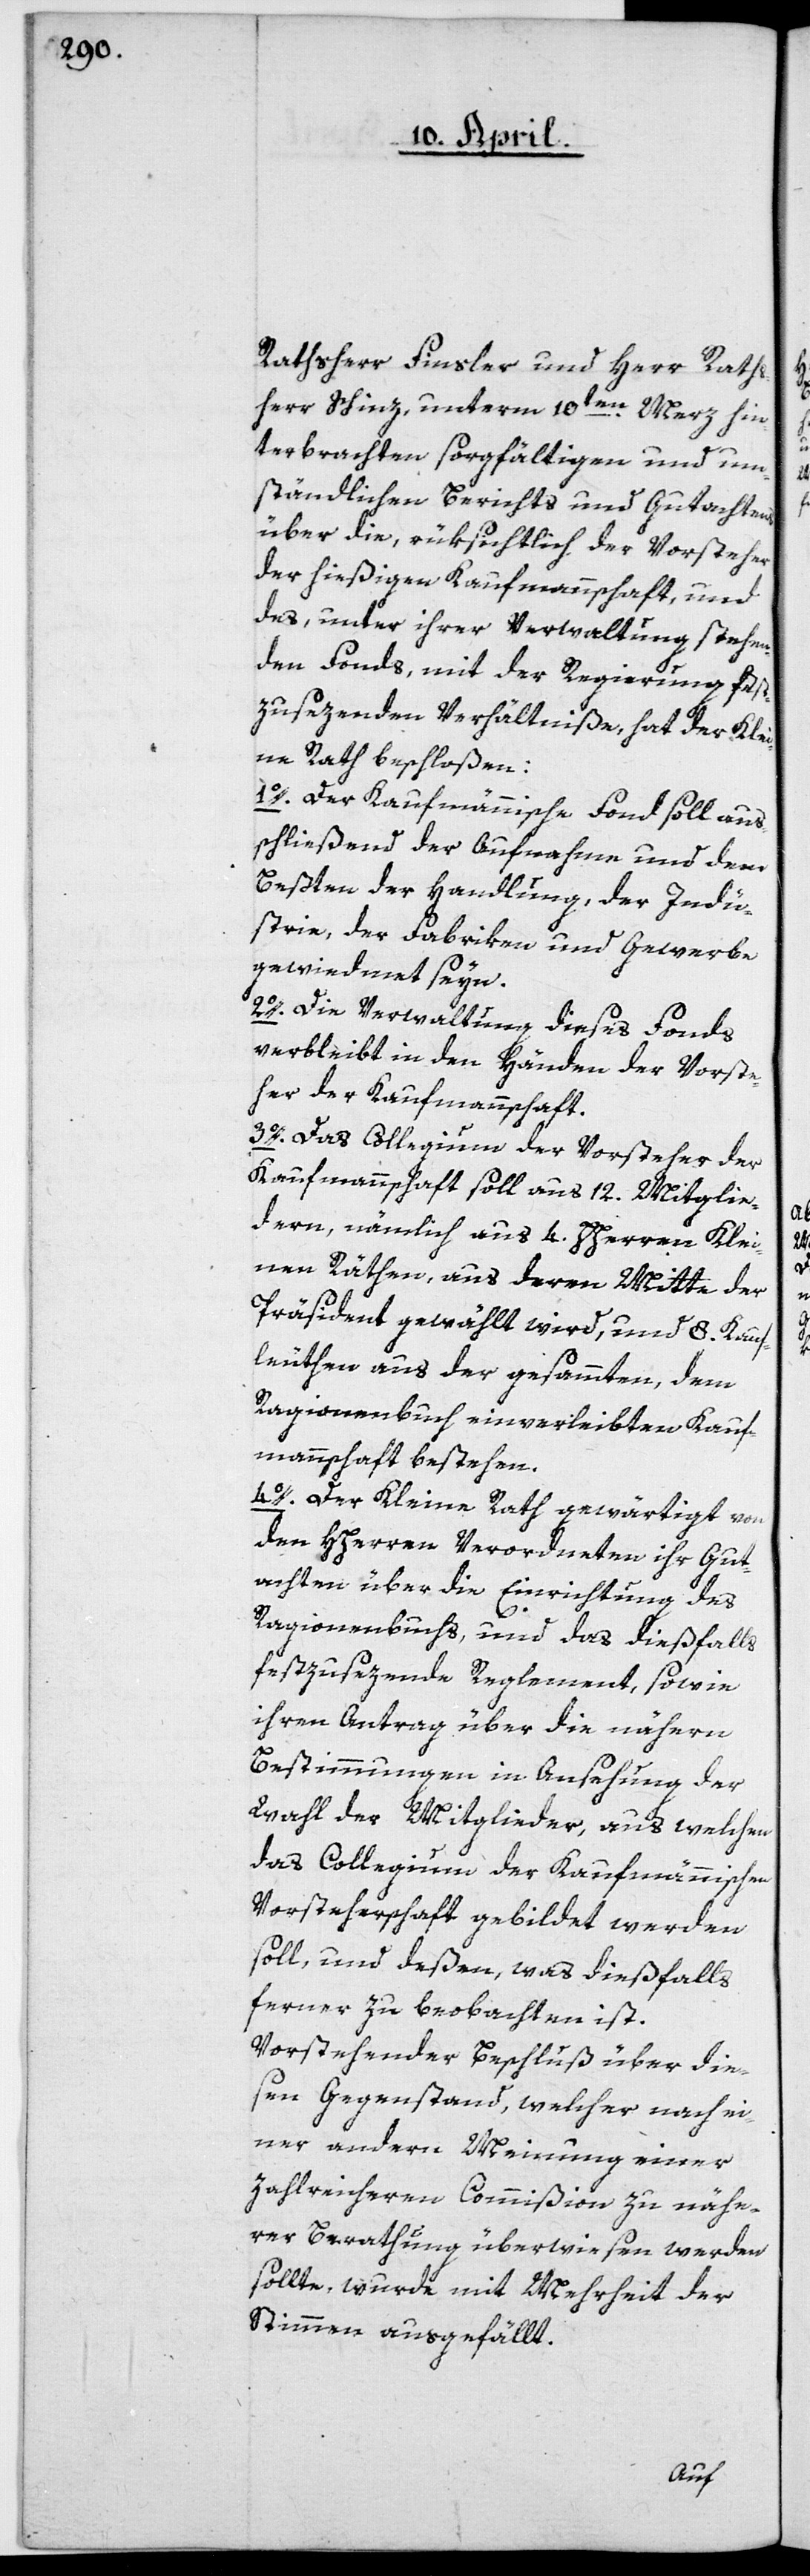
Rathsherr Finsler und Herr Raths¬
herr Schinz, unterm 10ten Merz hin¬
terbrachten sorgfältigen und um¬
ständlichen Berichts und Gutachtens
über die, rüksichtlich der Vorsteher
der hießigen Kaufmannschaft, und
des, unter ihrer Verwaltung stehen¬
den Fonds, mit der Regierung fest¬
zusezenden Verhältniße, hat der Klei¬
ne Rath beschloßen:
1o. Der Kaufmännische Fond soll aus¬
schließend der Aufnahme und dem
Beßten der Handlung, der Indu¬
strie, der Fabriken und Gewerbe
gewidmet seyn.
2o. Die Verwaltung dieses Fonds
verbleibt in den Händen der Vorste¬
her der Kaufmannschaft.
3o. Das Collegium der Vorsteher der
Kaufmannschaft soll aus 12. Mitglie¬
dern, nämlich aus 4 HHerren Klei¬
nen Räthen, aus deren Mitte der
Präsident gewählt wird, und 8 Kauf¬
leuthen aus der gesammten, dem
Ragionenbuch einverleibten Kauf¬
mannschaft bestehen.
4o. Der Kleine Rath gewärtigt von
den HHerren Verordneten ihr Gut¬
achten über die Einrichtung des
Ragionenbuchs, und das dießfalls
festzusezende Reglement, sowie
ihren Antrag über die nähern
Bestimmungen in Ansehung der
Wahl der Mitglieder, aus welchen
das Collegium der Kaufmännischen
Vorsteherschaft gebildet werden
soll, und deßen, was dießfalls
ferner zu beobachten ist.
Vorstehender Beschluß über die¬
sen Gegenstand, welcher nach ei¬
ner andern Meinung einer
zahlreicheren Commißion zu nähe¬
rer Berathung überwiesen werden
sollte, wurde mit Mehrheit der
Stimmen ausgefällt.